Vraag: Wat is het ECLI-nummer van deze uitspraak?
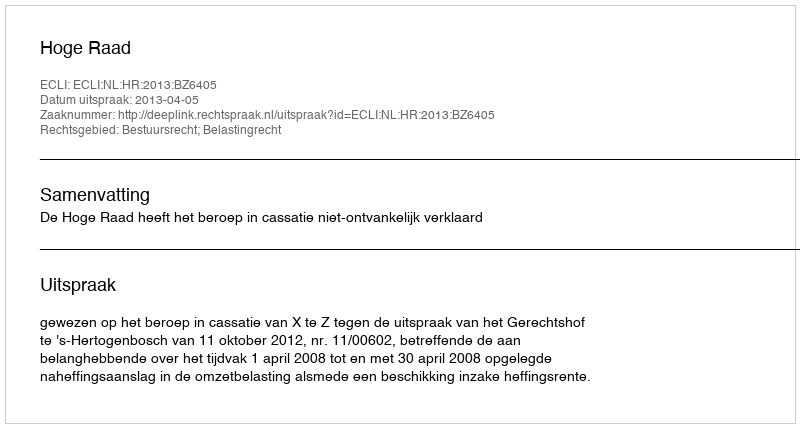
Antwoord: ECLI:NL:HR:2013:BZ6405